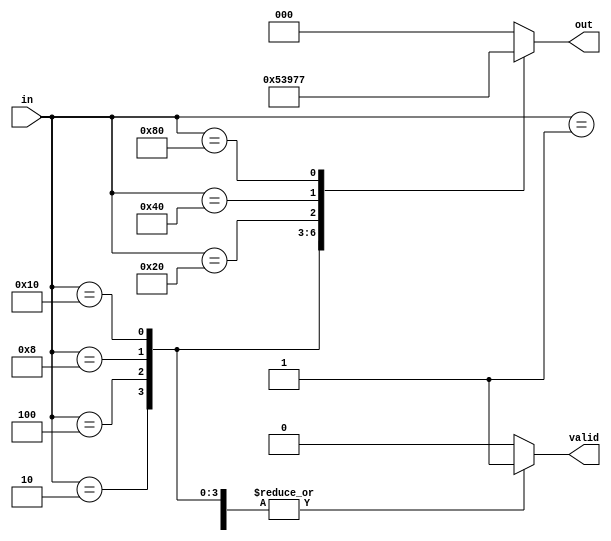
module relative_encoder (
    input wire [N-1:0] in,  // One-hot encoded input
    output reg [log2(N)-1:0] out, // Binary output
    output reg valid // Indicates if a valid input is active
);
    parameter N = 8; // Number of input lines (must be a power of 2)
    
    // Function to calculate log2 of N
    function integer log2;
        input integer value;
        begin
            log2 = 0;
            while (2**log2 < value) begin
                log2 = log2 + 1;
            end
        end
    endfunction

    always @(*) begin
        valid = 1'b0; // Default to invalid
        out = {log2(N){1'b0}}; // Default output to zero

        // Priority encoding logic
        casez (in)
            8'b00000001: begin out = 3'b000; valid = 1'b1; end // Input 0 active
            8'b00000010: begin out = 3'b001; valid = 1'b1; end // Input 1 active
            8'b00000100: begin out = 3'b010; valid = 1'b1; end // Input 2 active
            8'b00001000: begin out = 3'b011; valid = 1'b1; end // Input 3 active
            8'b00010000: begin out = 3'b100; valid = 1'b1; end // Input 4 active
            8'b00100000: begin out = 3'b101; valid = 1'b1; end // Input 5 active
            8'b01000000: begin out = 3'b110; valid = 1'b1; end // Input 6 active
            8'b10000000: begin out = 3'b111; valid = 1'b1; end // Input 7 active
            default: begin out = {log2(N){1'b0}}; valid = 1'b0; end // No valid input
        endcase
    end
endmodule